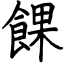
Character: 餜